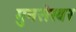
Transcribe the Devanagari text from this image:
गुनसेखर